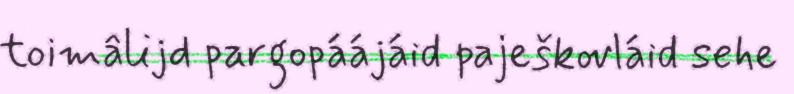
toimâlijd pargopáájáid paješkovláid sehe